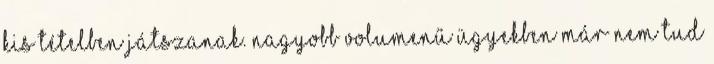
kis tételben játszanak. Nagyobb volumenű ügyekben már nem tud